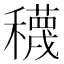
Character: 𥣫